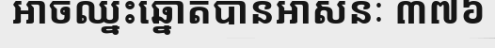
អាចឈ្នះឆ្នោតបានអាសនៈ ៣៧៦